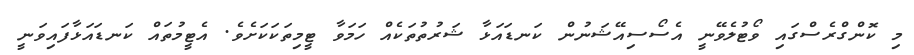
މި ކޮންގްރެސްގައި ވޯޓުލެވޭނީ އެސޯސިއޭޝަނުން ކަނޑައަޅާ ޝަރުތުތަކެއް ހަމަވާ ޓީމިތަކަކަށެވެ. އެޓީމުތައް ކަނޑައަޅާފައިވަނީ